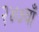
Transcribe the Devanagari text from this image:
२४७वाँ